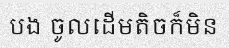
បង ចូលដើមតិចក៏មិន